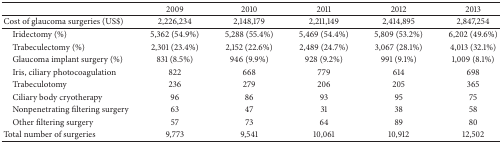
<table><thead><tr><td>[EMPTY_CELL]</td><td><b>2009</b></td><td><b>2010</b></td><td><b>2011</b></td><td><b>2012</b></td><td><b>2013</b></td></tr></thead><tbody><tr><td>Cost of glaucoma surgeries (US$)</td><td>2,226,234</td><td>2,148,179</td><td>2,211,149</td><td>2,414,895</td><td>2,847,254</td></tr><tr><td> Iridectomy (%)</td><td>5,362 (54.9%)</td><td>5,288 (55.4%)</td><td>5,469 (54.4%)</td><td>5,809 (53.2%)</td><td>6,202 (49.6%)</td></tr><tr><td> Trabeculectomy (%)</td><td>2,301 (23.4%)</td><td>2,152 (22.6%)</td><td>2,489 (24.7%)</td><td>3,067 (28.1%)</td><td>4,013 (32.1%)</td></tr><tr><td> Glaucoma implant surgery (%)</td><td>831 (8.5%)</td><td>946 (9.9%)</td><td>928 (9.2%)</td><td>991 (9.1%)</td><td>1,009 (8.1%)</td></tr><tr><td> Iris, ciliary photocoagulation</td><td>822</td><td>668</td><td>779</td><td>614</td><td>698</td></tr><tr><td> Trabeculotomy</td><td>236</td><td>279</td><td>206</td><td>205</td><td>365</td></tr><tr><td> Ciliary body cryotherapy</td><td>96</td><td>86</td><td>93</td><td>95</td><td>75</td></tr><tr><td> Nonpenetrating filtering surgery</td><td>63</td><td>47</td><td>31</td><td>38</td><td>58</td></tr><tr><td> Other filtering surgery</td><td>57</td><td>73</td><td>64</td><td>89</td><td>80</td></tr><tr><td>Total number of surgeries</td><td>9,773</td><td>9,541</td><td>10,061</td><td>10,912</td><td>12,502</td></tr></tbody></table>